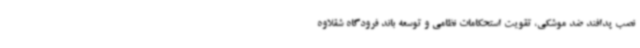
نصب پدافند ضد موشکی، تقویت استحکامات نظامی و توسعه باند فرودگاه شقلاوه